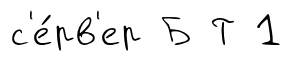
с'е́рв'ер Б Т 1